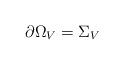
LaTeX: \begin{align*}\partial \Omega_V = \Sigma_V\end{align*}